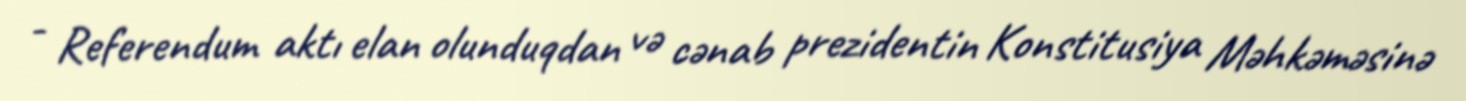
- Referendum aktı elan olunduqdan və cənab prezidentin Konstitusiya Məhkəməsinə